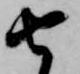
由